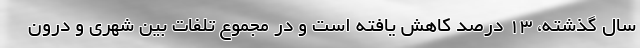
سال گذشته، ۱۳ درصد کاهش یافته است و در مجموع تلفات بین شهری و درون